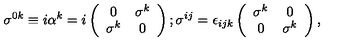
\sigma ^ { 0 k } \equiv i \alpha ^ { k } = i \left( \begin{array} { c c } { 0 } & { \sigma ^ { k } } \\ { \sigma ^ { k } } & { 0 } \\ \end{array} \right) ; \sigma ^ { i j } = \epsilon _ { i j k } \left( \begin{array} { c c } { \sigma ^ { k } } & { 0 } \\ { 0 } & { \sigma ^ { k } } \\ \end{array} \right) ,